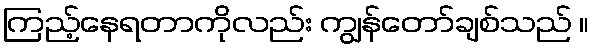
ကြည့်နေရတာကိုလည်း ကျွန်တော်ချစ်သည် ။